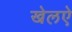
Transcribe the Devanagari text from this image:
खेलऐ